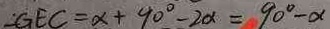
\angle G E C = \alpha + 9 0 ^ { \circ } - 2 \alpha = 9 0 ^ { \circ } - \alpha